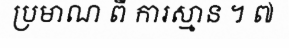
ប្រមាណ ពី ការស្មាន ។ ៧